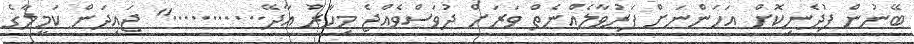
ބޭނުން ފުދެނިކޮށް އަހަންނަށް ފަރުވާލެއްނެތް ވަރަށް ދުވަސްވެއްޖެ މިހާރު އާދޭ..........." ޖައިދަން ކަމީލާގެ